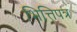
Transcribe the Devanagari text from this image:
भित्तिपत्र